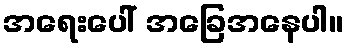
အရေးပေါ် အခြေအနေပါ။